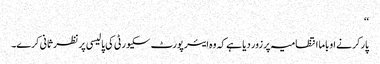
‘‘
پارکر نے اوباما انتظامیہ پر زور دیا ہے کہ وہ ایئر پورٹ سکیورٹی کی پالیسی پر نظر ثانی کرے۔